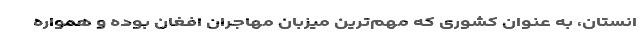
انستان، به عنوان کشوری که مهم‌ترین میزبان مهاجران افغان بوده و همواره